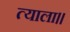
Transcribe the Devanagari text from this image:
त्याला।।